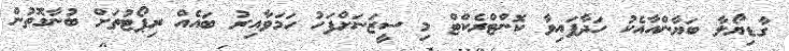
ގާޑިޔޯލާ ބަޔާންއާއެކު ހަދާފައިވާ ކޮންޓްރެކްޓް މި ސީޒަނަށްފަހު ހަމަވާއިރު ބައެއް ރިޕޯޓުތަށް ބުނާގޮތުން